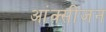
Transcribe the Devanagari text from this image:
आंक्सीजन